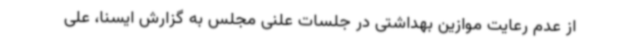
از عدم رعایت موازین بهداشتی در جلسات علنی مجلس به گزارش ایسنا، علی